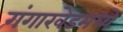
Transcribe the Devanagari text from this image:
गंगाखेडमध्ये